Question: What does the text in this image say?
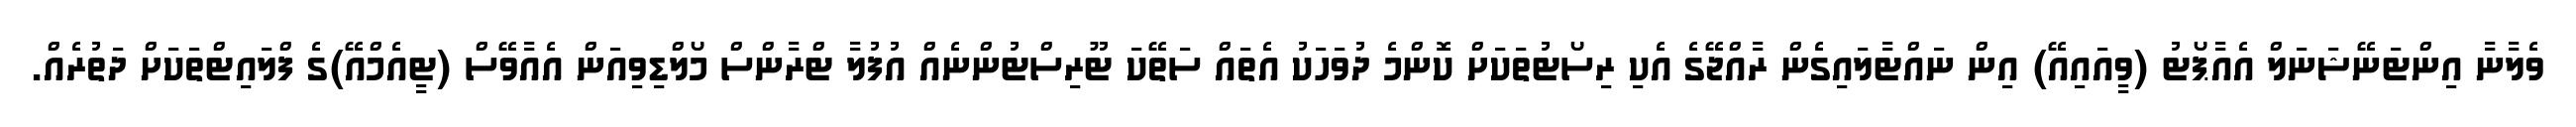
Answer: ވެލާނާ އިންޓަނޭޝަނަލް އެއާޕޯޓު (ވީއައިއޭ) އިން ނައްޓާލައިގެން ރާއްޖޭގެ އެކި ރިސޯޓުތަކަށް ކޮންމެ ދުވަހަކު އެތައް ސަތޭކަ ޓޫރިސްޓުންނެއް އުފުލާ ޓްރާންސް މޯލްޑިވިއަން އެއާވޭސް (ޓީއެމްއޭ)ގެ ފްލައިޓްތަކަށް ދަތުރެއް.